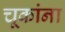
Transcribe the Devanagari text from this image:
चूकांना